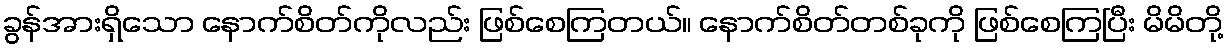
ခွန်အားရှိသော နောက်စိတ်ကိုလည်း ဖြစ်စေကြတယ်။ နောက်စိတ်တစ်ခုကို ဖြစ်စေကြပြီး မိမိတို့